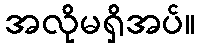
အလိုမရှိအပ်။